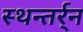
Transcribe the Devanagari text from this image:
स्थन्तर्र्न